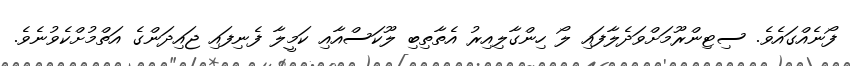
ފޯނެއްގައެވެ. ސިޓިންރޫމަށްވަދެލާފައި ލޯ ހިންގާލިއިރު އެތާތިބި ލޫކަސްއާއި ކަމީލާ ފެނިފައި ޖައިދަންގެ އަތްމުށްކެވުނެވެ.